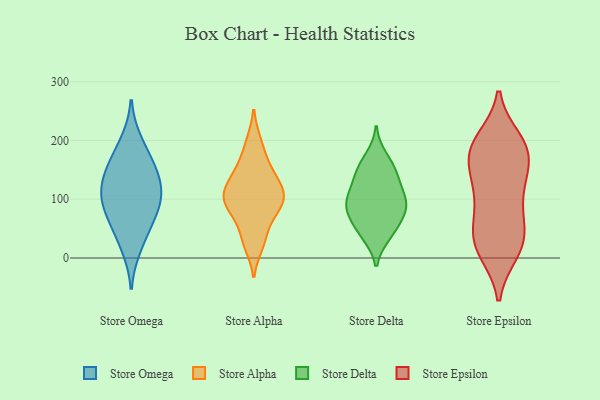
{"axis": {"x": "Production Output", "y": "Value"}, "legend": ["Store Alpha", "Store Delta", "Store Epsilon", "Store Omega"], "data": [{"x": "", "y": 199, "type": "Store Omega"}, {"x": "", "y": 116, "type": "Store Omega"}, {"x": "", "y": 93, "type": "Store Omega"}, {"x": "", "y": 17, "type": "Store Omega"}, {"x": "", "y": 59, "type": "Store Omega"}, {"x": "", "y": 59, "type": "Store Omega"}, {"x": "", "y": 161, "type": "Store Omega"}, {"x": "", "y": 110, "type": "Store Omega"}, {"x": "", "y": 140, "type": "Store Omega"}, {"x": "", "y": 158, "type": "Store Omega"}, {"x": "", "y": 99, "type": "Store Omega"}, {"x": "", "y": 129, "type": "Store Alpha"}, {"x": "", "y": 113, "type": "Store Alpha"}, {"x": "", "y": 88, "type": "Store Alpha"}, {"x": "", "y": 164, "type": "Store Alpha"}, {"x": "", "y": 75, "type": "Store Alpha"}, {"x": "", "y": 87, "type": "Store Alpha"}, {"x": "", "y": 106, "type": "Store Alpha"}, {"x": "", "y": 38, "type": "Store Alpha"}, {"x": "", "y": 22, "type": "Store Alpha"}, {"x": "", "y": 111, "type": "Store Alpha"}, {"x": "", "y": 198, "type": "Store Alpha"}, {"x": "", "y": 146, "type": "Store Alpha"}, {"x": "", "y": 99, "type": "Store Delta"}, {"x": "", "y": 107, "type": "Store Delta"}, {"x": "", "y": 67, "type": "Store Delta"}, {"x": "", "y": 173, "type": "Store Delta"}, {"x": "", "y": 154, "type": "Store Delta"}, {"x": "", "y": 129, "type": "Store Delta"}, {"x": "", "y": 39, "type": "Store Delta"}, {"x": "", "y": 150, "type": "Store Delta"}, {"x": "", "y": 81, "type": "Store Delta"}, {"x": "", "y": 84, "type": "Store Delta"}, {"x": "", "y": 136, "type": "Store Delta"}, {"x": "", "y": 38, "type": "Store Delta"}, {"x": "", "y": 89, "type": "Store Delta"}, {"x": "", "y": 56, "type": "Store Delta"}, {"x": "", "y": 100, "type": "Store Delta"}, {"x": "", "y": 200, "type": "Store Epsilon"}, {"x": "", "y": 121, "type": "Store Epsilon"}, {"x": "", "y": 19, "type": "Store Epsilon"}, {"x": "", "y": 11, "type": "Store Epsilon"}, {"x": "", "y": 86, "type": "Store Epsilon"}, {"x": "", "y": 130, "type": "Store Epsilon"}, {"x": "", "y": 41, "type": "Store Epsilon"}, {"x": "", "y": 184, "type": "Store Epsilon"}, {"x": "", "y": 184, "type": "Store Epsilon"}, {"x": "", "y": 183, "type": "Store Epsilon"}, {"x": "", "y": 152, "type": "Store Epsilon"}, {"x": "", "y": 184, "type": "Store Epsilon"}, {"x": "", "y": 22, "type": "Store Epsilon"}, {"x": "", "y": 72, "type": "Store Epsilon"}, {"x": "", "y": 52, "type": "Store Epsilon"}, {"x": "", "y": 128, "type": "Store Epsilon"}, {"x": "", "y": 19, "type": "Store Epsilon"}, {"x": "", "y": 191, "type": "Store Epsilon"}]}